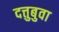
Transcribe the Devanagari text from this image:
दत्तुबुवा